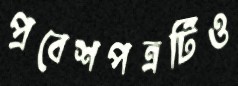
প্রবেশপত্রটিও